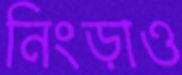
নিংড়াও